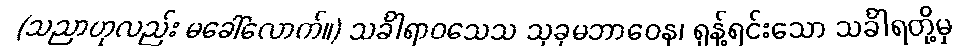
(သညာဟုလည်း မခေါ်လောက်။) သင်္ခါရာဝသေသ သုခုမဘာဝေန၊ ရုန့်ရင်းသော သင်္ခါရတို့မှ